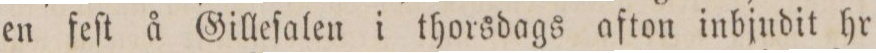
en feſt å Gilleſalen i thorsdags afton inbjudit hr